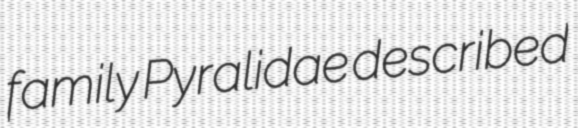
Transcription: family Pyralidae described